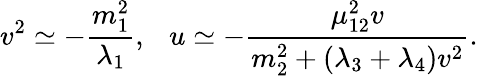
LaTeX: v^{2}\simeq-{\frac{m_{1}^{2}}{\lambda_{1}}},~~~u\simeq-{\frac{\mu_{12}^{2}v}{m_{2}^{2}+(\lambda_{3}+\lambda_{4})v^{2}}}.